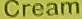
Cream